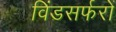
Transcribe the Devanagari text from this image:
विंडसर्फरों